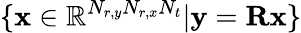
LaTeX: \{ \textbf{x}\in\mathbb{R}^{N_{r,y}N_{r,x}N_{t}}|\textbf{y}=\textbf{R}\textbf{x}\}